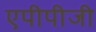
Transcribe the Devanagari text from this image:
एपीपीजी